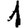
Digit: 1